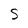
Character: S